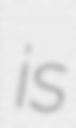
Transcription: is